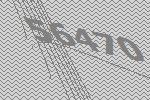
56470